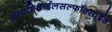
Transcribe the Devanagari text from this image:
डायमिथाईलसल्फॉक्साईड